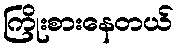
ကြိုးစားနေတယ်